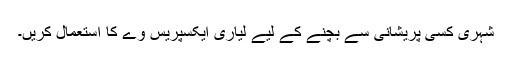
شہری کسی پریشانی سے بچنے کے لیے لیاری ایکسپریس وے کا استعمال کریں۔